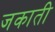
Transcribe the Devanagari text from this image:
जकाती